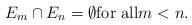
LaTeX: \begin{align*} E_m\cap E_n=\emptyset \textrm{for all} m<n.\end{align*}